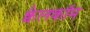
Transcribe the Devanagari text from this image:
क्वैलकॉम